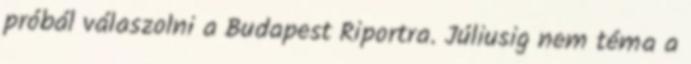
próbál válaszolni a Budapest Riportra. Júliusig nem téma a